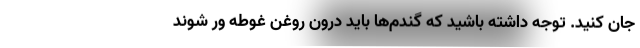
جان کنید. توجه داشته باشید که گندم‌ها باید درون روغن غوطه ور شوند